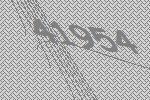
41954